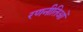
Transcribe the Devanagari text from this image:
रणनीतिओं